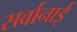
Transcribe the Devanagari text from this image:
सर्वानाई